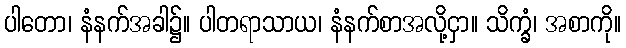
ပါတော၊ နံနက်အခါ၌။ ပါတရာသာယ၊ နံနက်စာအလို့ငှာ။ သိက္ခံ၊ အစာကို။